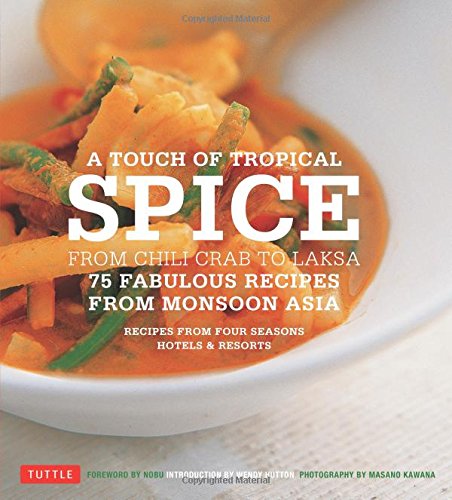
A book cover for A Touch of Tropical Spice: From Chili Crab to Laksa: 75 Fabulous Recipes from Monsoon Asia; Recipes by Chefs of Four Seasons Hotels; Cookbooks, Food & Wine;